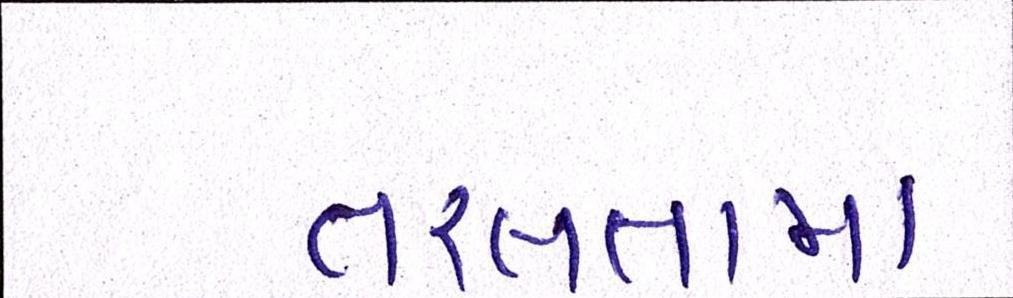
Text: તરલતામાં